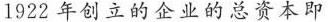
1922年创立的企业的总资本即